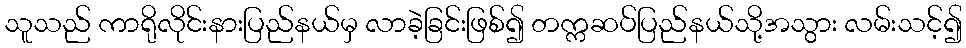
သူသည် ကာရိုလိုင်းနားပြည်နယ်မှ လာခဲ့ခြင်းဖြစ်၍ တက္ကဆပ်ပြည်နယ်သို့အသွား လမ်းသင့်၍